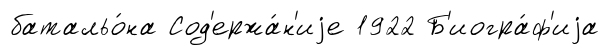
батальо́на Сод'ержа́н'иjе 1922 Б'иогра́ф'иjа